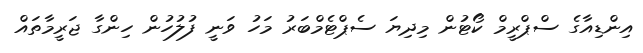
އިންޑިއާގެ ސްޕްރީމް ކޯޓުން މިދިޔަ ސެޕްޓެމްބަރު މަހު ވަނީ ފުލުހުން ހިންގާ ޖަރީމާތައް